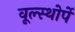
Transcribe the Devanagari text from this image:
वूल्स्थोर्पे